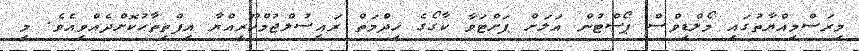
މިރަސްމިއްޔާތުގައި މޯލްޑިވްސް ޕޯސްޓުން އަލަށް ފަށްޓަވާ ކާގޯގެ ޚިދްމަތް ރައީސުލްޖުމްހޫރިއްޔާ އިފްތިތާޙުކޮށްދެއްވިއެވެ. މި